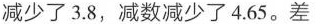
减少了3.8，减数减少了4.65。差